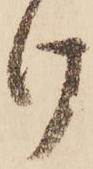
け